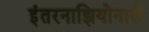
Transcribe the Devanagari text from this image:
इंतरनाझियोनाले